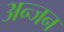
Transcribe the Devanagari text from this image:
अन्जन